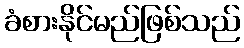
ခံစားနိုင်မည်ဖြစ်သည်